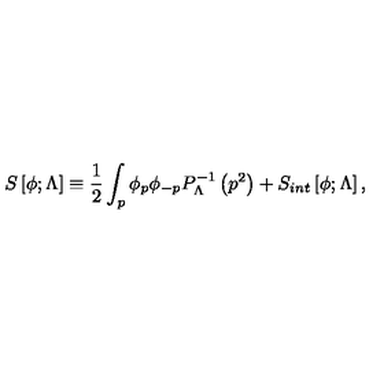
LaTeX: S \left[ \phi ; \Lambda \right] \equiv { \frac { 1 } { 2 } } \int _ { p } \phi _ { p } \phi _ { - p } P _ { \Lambda } ^ { - 1 } \left( p ^ { 2 } \right) + S _ { i n t } \left[ \phi ; \Lambda \right] ,